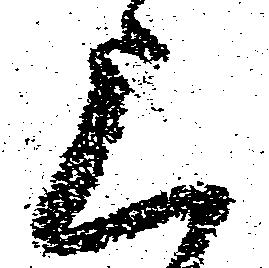
上